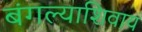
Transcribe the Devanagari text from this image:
बंगल्याशिवाय